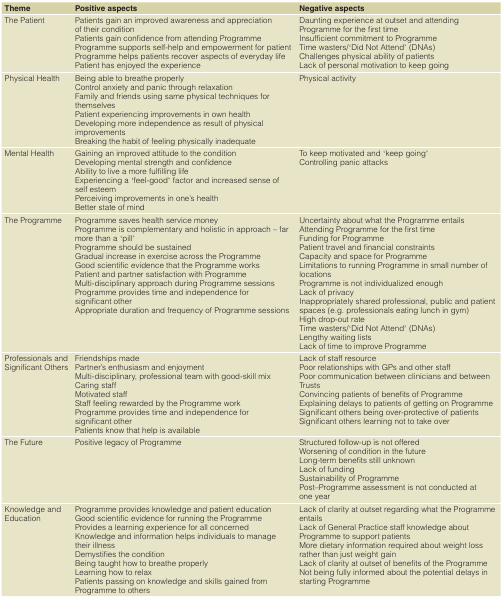
| Theme | Positive aspects | Negative aspects |
 | --- | --- | --- |
 | The Patient | Patients gain an improved awareness and appreciationof their conditionPatients gain confidence from attending ProgrammeProgramme supports self-help and empowerment for patientProgramme helps patients recover aspects of everyday lifePatient has enjoyed the experience | Daunting experience at outset and attendingProgramme for the first timeInsufficient commitment to ProgrammeTime wasters/‘Did Not Attend’ (DNAs)Challenges physical ability of patientsLack of personal motivation to keep going |
 | Physical Health | Being able to breathe properlyControl anxiety and panic through relaxationFamily and friends using same physical techniques forthemselvesPatient experiencing improvements in own healthDeveloping more independence as result of physicalimprovementsBreaking the habit of feeling physically inadequate | Physical activity |
 | Mental Health | Gaining an improved attitude to the conditionDeveloping mental strength and confidenceAbility to live a more fulfilling lifeExperiencing a ‘feel-good’ factor and increased sense ofself esteemPerceiving improvements in one’s healthBetter state of mind | To keep motivated and ‘keep going’Controlling panic attacks |
 | The Programme | Programme saves health service moneyProgramme is complementary and holistic in approach – farmore than a ‘pill’Programme should be sustainedGradual increase in exercise across the ProgrammeGood scientific evidence that the Programme worksPatient and partner satisfaction with ProgrammeMulti-disciplinary approach during Programme sessionsProgramme provides time and independence forsignificant otherAppropriate duration and frequency of Programme sessions | Uncertainty about what the Programme entailsAttending Programme for the first timeFunding for ProgrammePatient travel and financial constraintsCapacity and space for ProgrammeLimitations to running Programme in small number oflocationsProgramme is not individualized enoughLack of privacyInappropriately shared professional, public and patientspaces (e.g. professionals eating lunch in gym)High drop-out rateTime wasters/‘Did Not Attend’ (DNAs)Lengthy waiting listsLack of time to improve Programme |
 | Professionals andSignificant Others | Friendships madePartner’s enthusiasm and enjoymentMulti-disciplinary, professional team with good-skill mixCaring staffMotivated staffStaff feeling rewarded by the Programme workProgramme provides time and independence forsignificant otherPatients know that help is available | Lack of staff resourcePoor relationships with GPs and other staffPoor communication between clinicians and betweenTrustsConvincing patients of benefits of ProgrammeExplaining delays to patients of getting on ProgrammeSignificant others being over-protective of patientsSignificant others learning not to take over |
 | The Future | Positive legacy of Programme | Structured follow-up is not offeredWorsening of condition in the futureLong-term benefits still unknownLack of fundingSustainability of ProgrammePost–Programme assessment is not conducted atone year |
 | Knowledge andEducation | Programme provides knowledge and patient educationGood scientific evidence for running the ProgrammeProvides a learning experience for all concernedKnowledge and information helps individuals to managetheir illnessDemystifies the conditionBeing taught how to breathe properlyLearning how to relaxPatients passing on knowledge and skills gained fromProgramme to others | Lack of clarity at outset regarding what the ProgrammeentailsLack of General Practice staff knowledge aboutProgramme to support patientsMore dietary information required about weight lossrather than just weight gainLack of clarity at outset of benefits of the ProgrammeNot being fully informed about the potential delays instarting Programme |